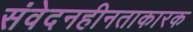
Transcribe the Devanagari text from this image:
संवेदनहीनताकारक